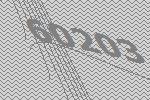
60203